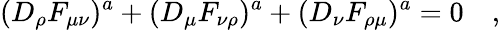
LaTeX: (D_{\rho}F_{\mu\nu})^{a}+(D_{\mu}F_{\nu\rho})^{a}+(D_{\nu}F_{\rho\mu})^{a}=0\quad,